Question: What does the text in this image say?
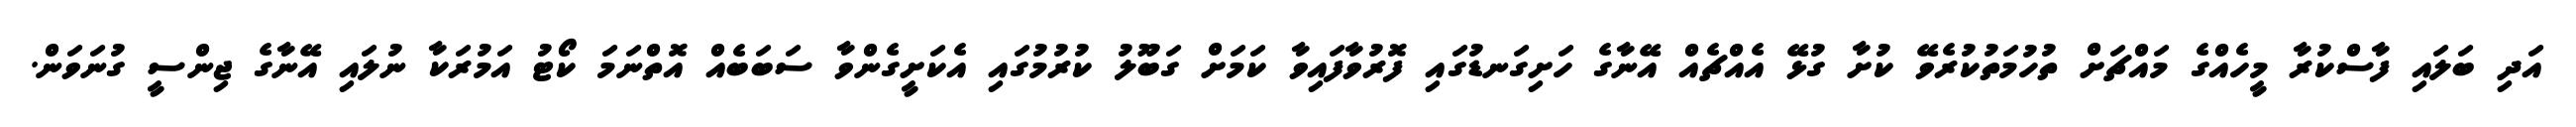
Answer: އަދި ބަލައި ފާސްކުރާ މީހެއްގެ މައްޗަށް ތުހުމަތުކުރެވޭ ކުށާ ގުޅޭ އެއްޗެއް އޭނާގެ ހަށިގަނޑުގައި ފޮރުވާފައިވާ ކަމަށް ގަބޫލު ކުރުމުގައި އެކަށީގެންވާ ސަބަބެއް އޮތްނަމަ ކޯޓު އަމުރަކާ ނުލައި އޭނާގެ ޖިންސީ ގުނަވަން.